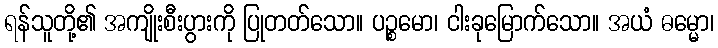
ရန်သူတို့၏ အကျိုးစီးပွားကို ပြုတတ်သော။ ပဉ္စမော၊ ငါးခုမြောက်သော။ အယံ ဓမ္မော၊